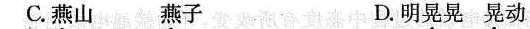
C.燕山 燕子 D.明晃晃 晃动